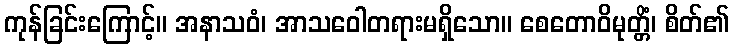
ကုန်ခြင်းကြောင့်။ အနာသဝံ၊ အာသဝေါတရားမရှိသော။ စေတောဝိမုတ္တိံ၊ စိတ်၏